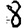
Digit: 8